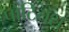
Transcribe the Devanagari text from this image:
पोंटियस